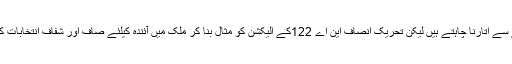
عبدالعلیم خان نے کہا کہ وفاقی وزیر داخلہ اس بلا کو اپنے گلے سے اتارنا چاہتے ہیں لیکن تحریک انصاف این اے 122کے الیکشن کو مثال بنا کر ملک میں آئندہ کیلئے صاف اور شفاف انتخابات کی راہ ہموار کرنا چاہتی ہے اور یہی عمران خان کا موقف ہے ۔